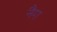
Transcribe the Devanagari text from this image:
नैग